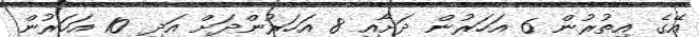
އޭގެ އިތުރުން 6 އަހަރުން ދަށާއި 8 އަހަރުންދަށް އަދި 10 އަހަރުން